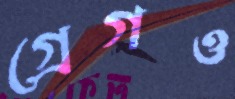
গ্রেগও